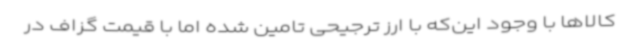
کالاها با وجود این‌که با ارز ترجیحی تامین شده اما با قیمت گزاف در